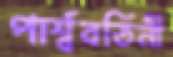
পার্শ্ববর্তিনী